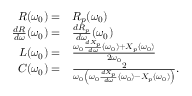
\begin{array} { r l } { R ( \omega _ { 0 } ) = } & { R _ { p } ( \omega _ { 0 } ) } \\ { \frac { d R } { d \omega } ( \omega _ { 0 } ) = } & { \frac { d R _ { p } } { d \omega } ( \omega _ { 0 } ) } \\ { L ( \omega _ { 0 } ) = } & { \frac { \omega _ { 0 } \frac { d X _ { p } } { d \omega } ( \omega _ { 0 } ) + X _ { p } ( \omega _ { 0 } ) } { 2 \omega _ { 0 } } } \\ { C ( \omega _ { 0 } ) = } & { \frac { 2 } { \omega _ { 0 } \left( \omega _ { 0 } \frac { d X _ { p } } { d \omega } ( \omega _ { 0 } ) - X _ { p } ( \omega _ { 0 } ) \right) } . } \end{array}